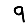
Digit: 9